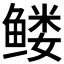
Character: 𱈆